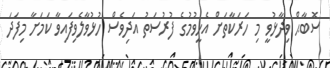
ސޮބާޙް ވިދާޅުވީ މި ހަރަކާތަށް އެހީވުމުގެ ފުުރުސަތު އަދިވެސް ހުޅުވާލެވިފައިވާ ކަމަށާ މިފަދަ